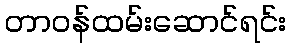
တာဝန်ထမ်းဆောင်ရင်း